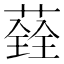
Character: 𦼂